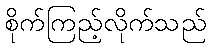
စိုက်ကြည့်လိုက်သည်